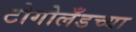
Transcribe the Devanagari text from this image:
टोगोलँडच्या